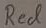
Text: Red